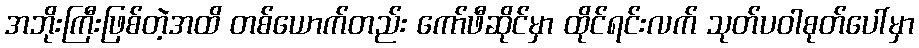
အဘိုးကြီးဖြစ်တဲ့အထိ တစ်ယောက်တည်း ကော်ဖီဆိုင်မှာ ထိုင်ရင်းလက် သုတ်ပဝါစုတ်ပေါ်မှာ